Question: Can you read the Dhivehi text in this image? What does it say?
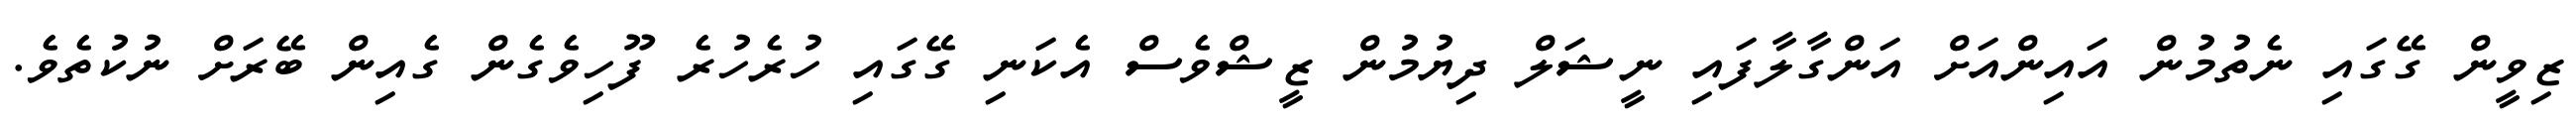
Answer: ޒިވީން ގޭގައި ނެތުމުން އައިންއަށް އަންގާލާފައި ނީޝަލް ދިޔުމުން ޒީޝްވެސް އެކަނި ގޭގައި ހުރެހުރެ ފޫހިވެގެން ގެއިން ބޭރަށް ނުކުތެވެ.